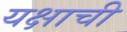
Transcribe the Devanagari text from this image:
यक्षाची